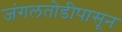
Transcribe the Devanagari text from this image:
जंगलतोडीपासून